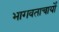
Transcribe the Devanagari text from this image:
भागवताचार्यों